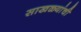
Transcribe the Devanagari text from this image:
साखळ्यांची